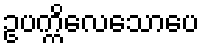
ဥပက္ကိလေသောပေ